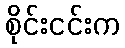
စိုင်းငင်းက